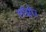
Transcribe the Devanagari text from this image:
लांझोउ